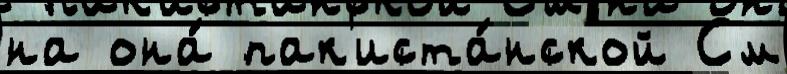
на она́ пак'иста́нской См